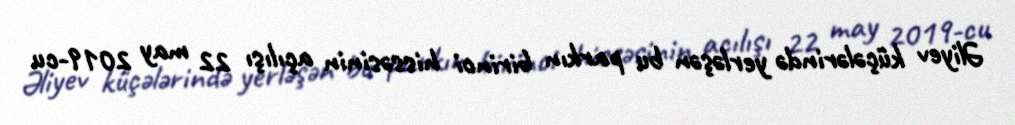
Əliyev küçələrində yerləşən bu parkın birinci hissəsinin açılışı 22 may 2019-cu